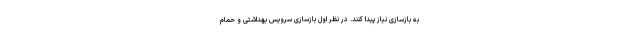
به بازسازی نیاز پیدا کنند. در نظر اول بازسازی سرویس بهداشتی و حمام